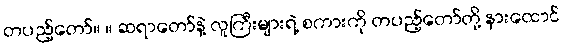
တပည့်တော်။ ။ ဆရာတော်နဲ့ လူကြီးများရဲ့ စကားကို တပည့်တော်တို့ နားထောင်